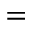
=